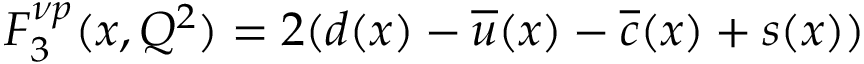
F _ { 3 } ^ { \nu p } ( x , Q ^ { 2 } ) = 2 ( d ( x ) - \overline { { { u } } } ( x ) - \overline { { { c } } } ( x ) + s ( x ) )